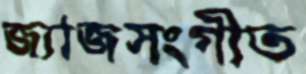
জ্যাজসংগীত